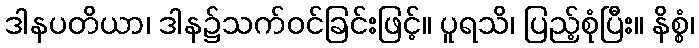
ဒါနပတိယာ၊ ဒါန၌သက်ဝင်ခြင်းဖြင့်။ ပူရသိ၊ ပြည့်စုံပြီး။ နိစ္စံ၊